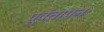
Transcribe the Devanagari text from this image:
पूर्वतापन